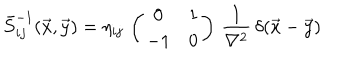
\bar { S } _ { i j } ^ { - 1 } ( \vec { x } , \vec { y } ) = \eta _ { i j } \, \left( \begin{array} { c c } { { 0 } } & { { 1 } } \\ { { - 1 } } & { { 0 } } \\ \end{array} \right) \, \frac { 1 } { \nabla ^ { 2 } } \, \delta ( \vec { x } - \vec { y } )